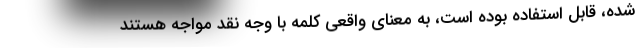
شده، قابل استفاده بوده است، به معنای واقعی کلمه با وجه نقد مواجه هستند